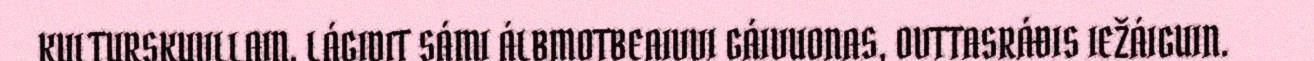
KULTURSKUVLLAIN. LÁGIDIT SÁMI ÁLBMOTBEAIVVI GÁIVUONAS, OVTTASRÁĐIS IEŽÁIGUIN.